DOW-UAP-D49, Launch Summary, Vandenberg AFB, 2000
Agency: Department of War
Incident date: 2/3/00
Page 6
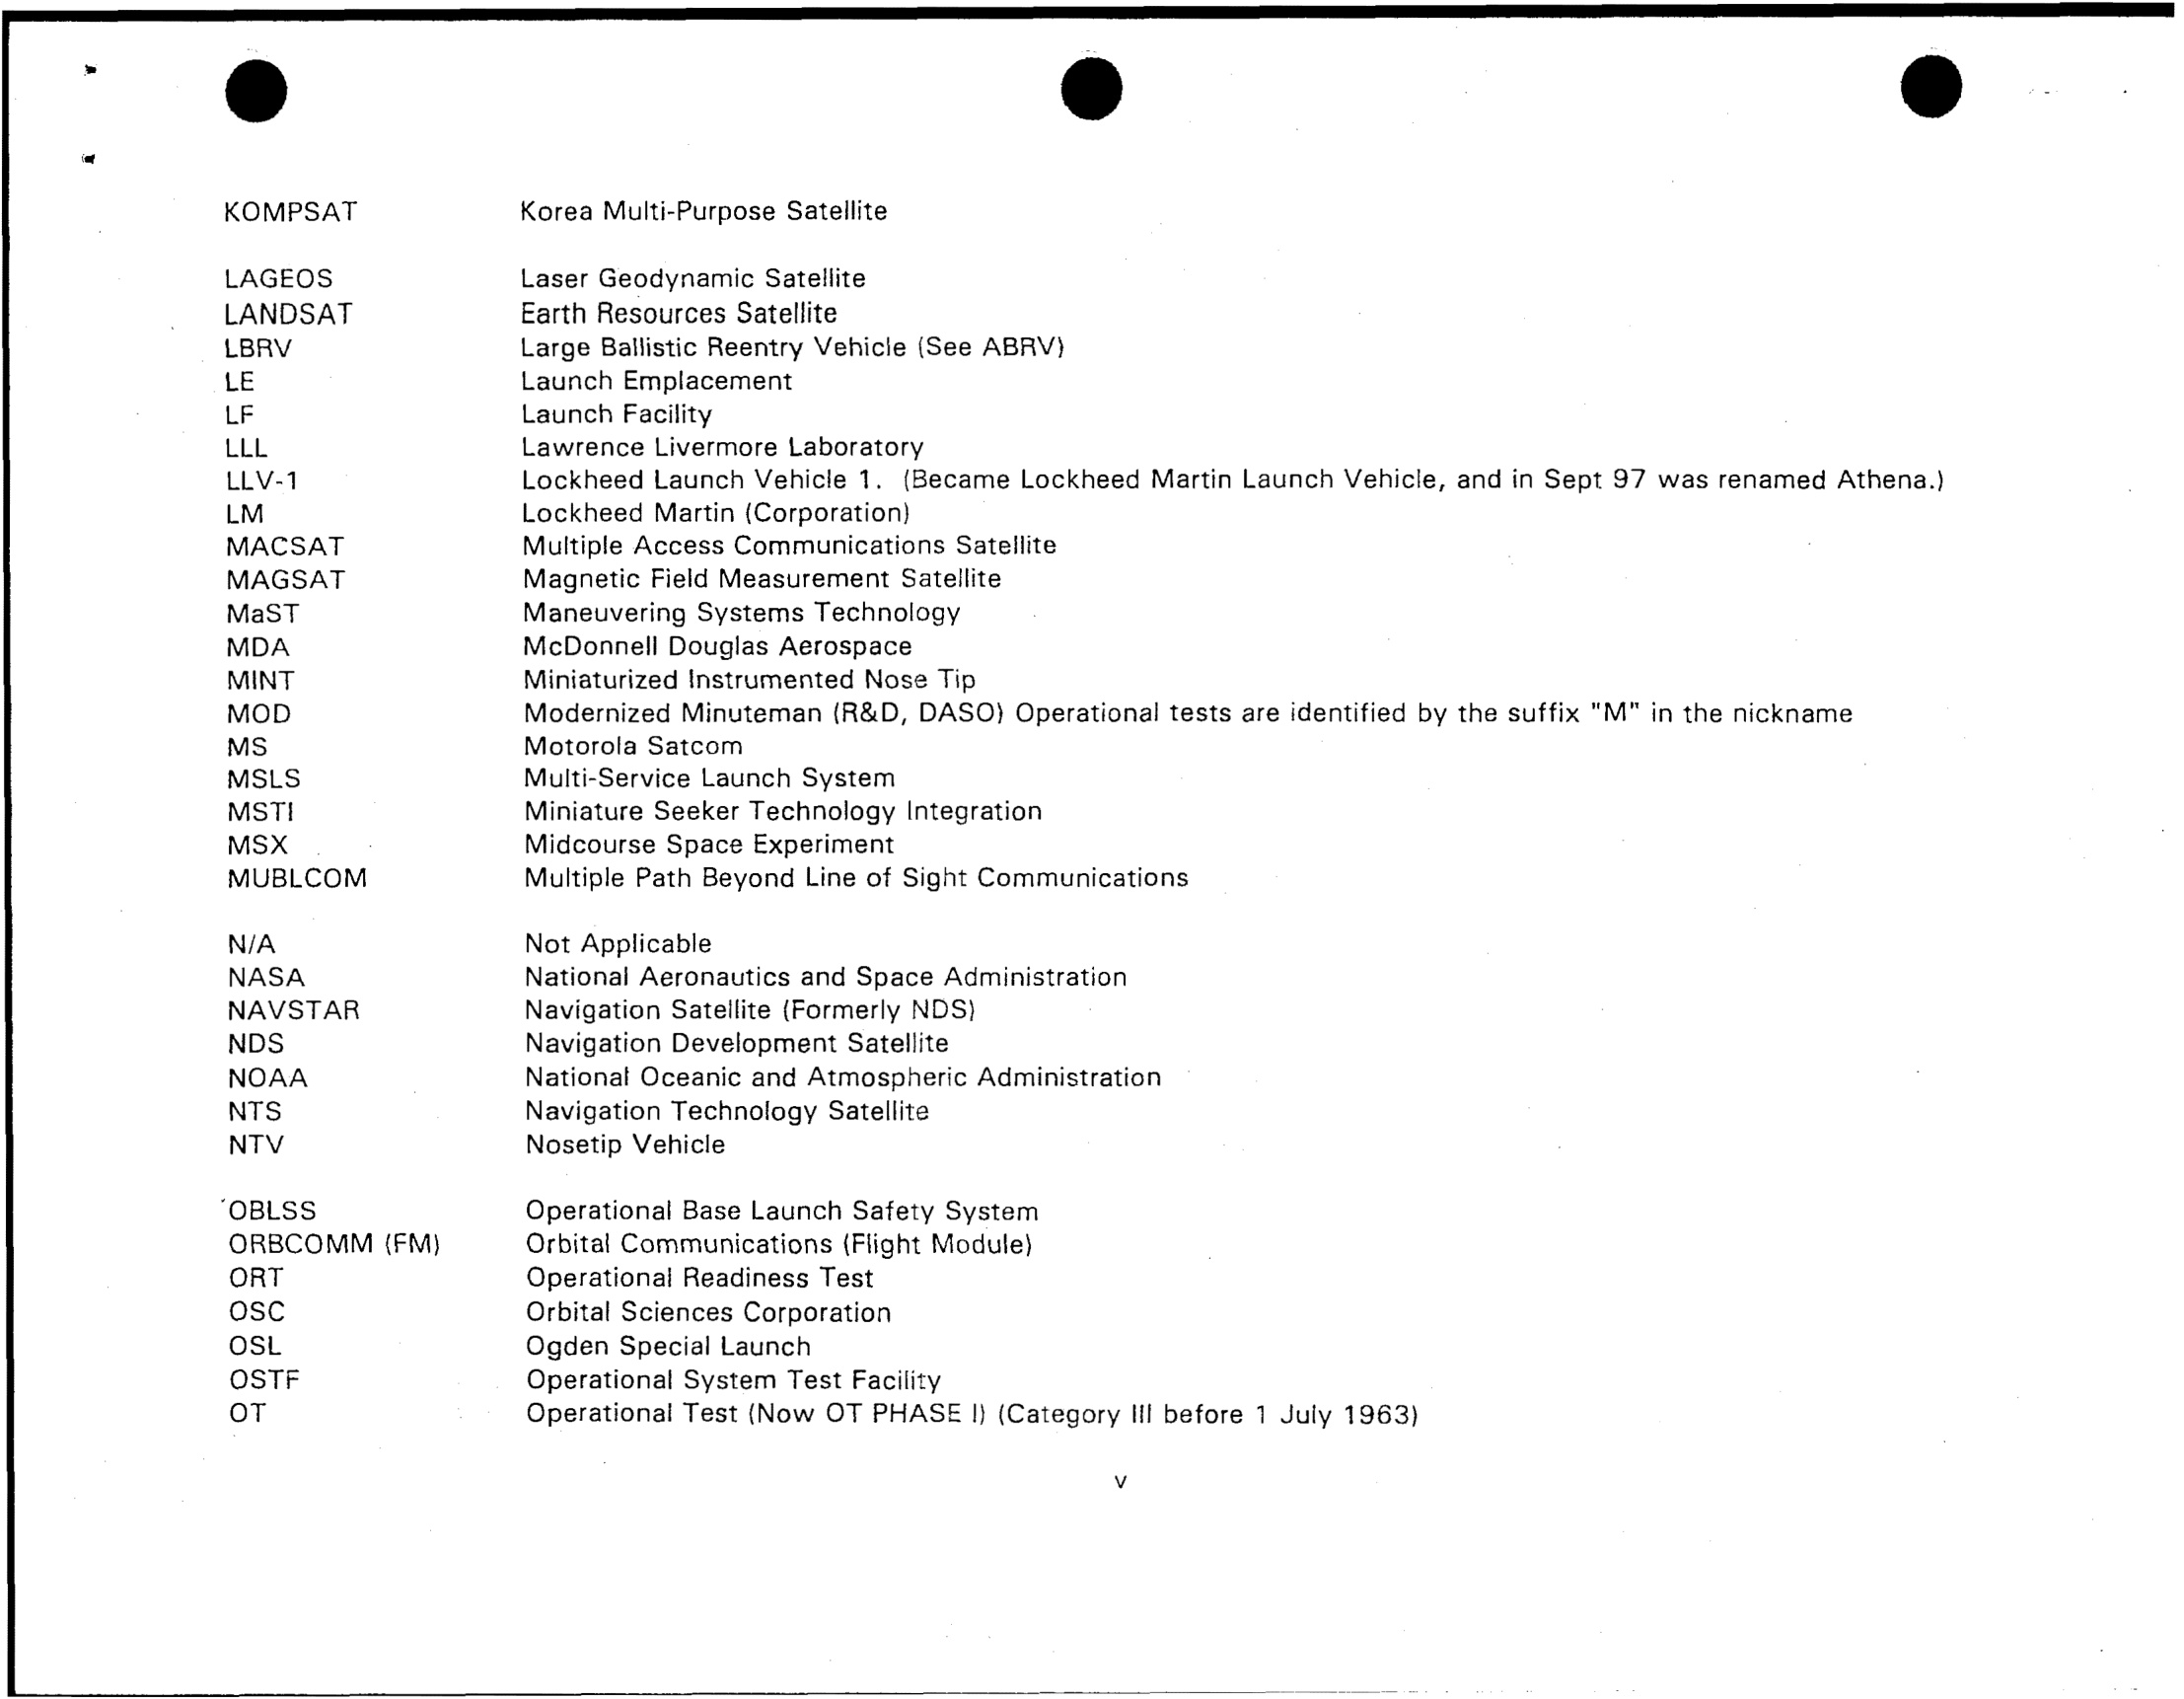